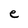
Character: e